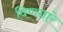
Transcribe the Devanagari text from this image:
विणनारे